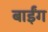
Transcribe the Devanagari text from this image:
बाईंग